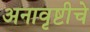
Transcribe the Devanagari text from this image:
अनावृष्टीचे